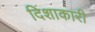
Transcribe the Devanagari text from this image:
दिशाकारी